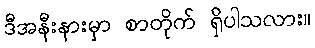
ဒီအနီးနားမှာ စာတိုက် ရှိပါသလား။